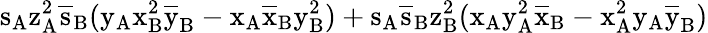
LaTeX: \mathrm{s_{A}\mathrm{z_{A}^{2}\mathrm{\overline{{s}}_{B}(\mathrm{y_{A}\mathrm{x_{B}^{2}\mathrm{\overline{{y}}_{B}-\mathrm{x_{A}\mathrm{\overline{{x}}_{B}\mathrm{y_{B}^{2})+\mathrm{s_{A}\mathrm{\overline{{s}}_{B}\mathrm{z_{B}^{2}(\mathrm{x_{A}\mathrm{y_{A}^{2}\mathrm{\overline{{x}}_{B}-\mathrm{x_{A}^{2}\mathrm{y_{A}\mathrm{\overline{{y}}_{B})}}}}}}}}}}}}}}}}}}